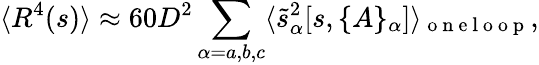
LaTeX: \langle R^{4}(s)\rangle\approx 60D^{2}\sum_{\alpha=a,b,c}\langle\tilde{s}_{\alpha}^{2}[s,\{ A\} _{\alpha}]\rangle_{\mathrm{~o~n~e~l~o~o~p~}},